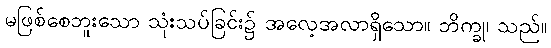
မဖြစ်စေဘူးသော သုံးသပ်ခြင်း၌ အလေ့အလာရှိသော။ ဘိက္ခု၊ သည်။